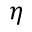
\eta